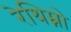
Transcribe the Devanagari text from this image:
रेथिम्नो